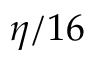
\eta / 1 6